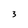
Character: 3